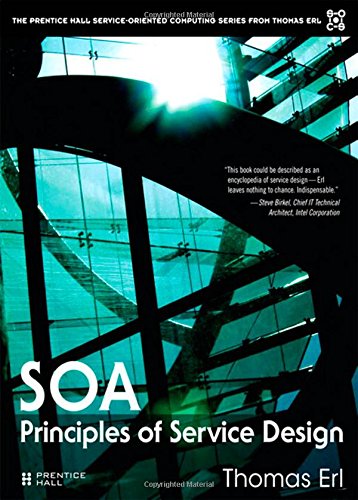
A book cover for SOA: Principles of Service Design; Thomas Erl; Computers & Technology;